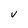
Character: V